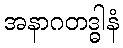
အနာဂတဒ္ဓါနံ